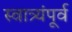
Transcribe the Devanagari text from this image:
स्वात्र्यंपूर्व